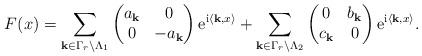
LaTeX: \begin{align*}F(x)=\sum_{{\bf k}\in \Gamma_{r}\backslash \Lambda_{1}} \begin{pmatrix}a_{\bf k}&0\\0&-a_{\bf k}\end{pmatrix}{\rm e}^{{\rm i}\langle{\bf k},x\rangle} + \sum_{{\bf k}\in \Gamma_{r}\backslash \Lambda_{2}} \begin{pmatrix}0&b_{\bf k}\\c_{\bf k}&0\end{pmatrix}{\rm e}^{{\rm i}\langle{\bf k},x\rangle}.\end{align*}